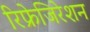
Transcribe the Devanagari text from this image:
रिफ्रेजिरेशन